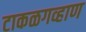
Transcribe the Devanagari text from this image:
टाकळगव्हाण